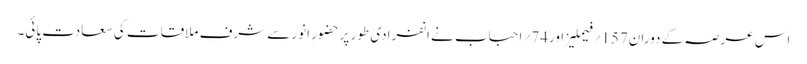
اس عرصہ کے دوران157 ؍فیملیز اور74؍ احباب نے انفرادی طور پرحضورِ انور سے شرفِ ملاقات کی سعادت پائی۔